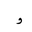
Letter: _waw